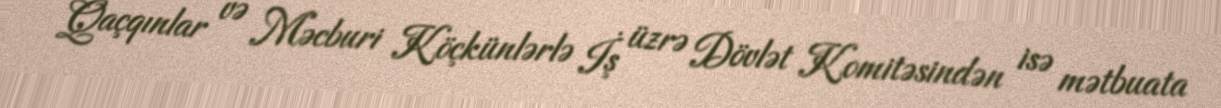
Qaçqınlar və Məcburi Köçkünlərlə İş üzrə Dövlət Komitəsindən isə mətbuata